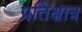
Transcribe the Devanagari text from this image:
प्रतिक्षात्र